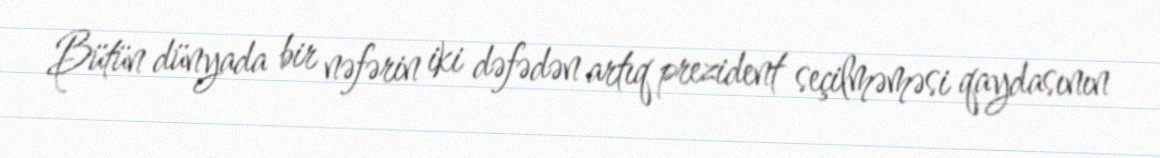
Bütün dünyada bir nəfərin iki dəfədən artıq prezident seçilməməsi qaydasının